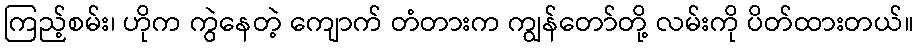
ကြည့်စမ်း၊ ဟိုက ကွဲနေတဲ့ ကျောက် တံတားက ကျွန်တော်တို့ လမ်းကို ပိတ်ထားတယ်။